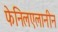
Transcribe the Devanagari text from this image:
फेनिलएलानीन